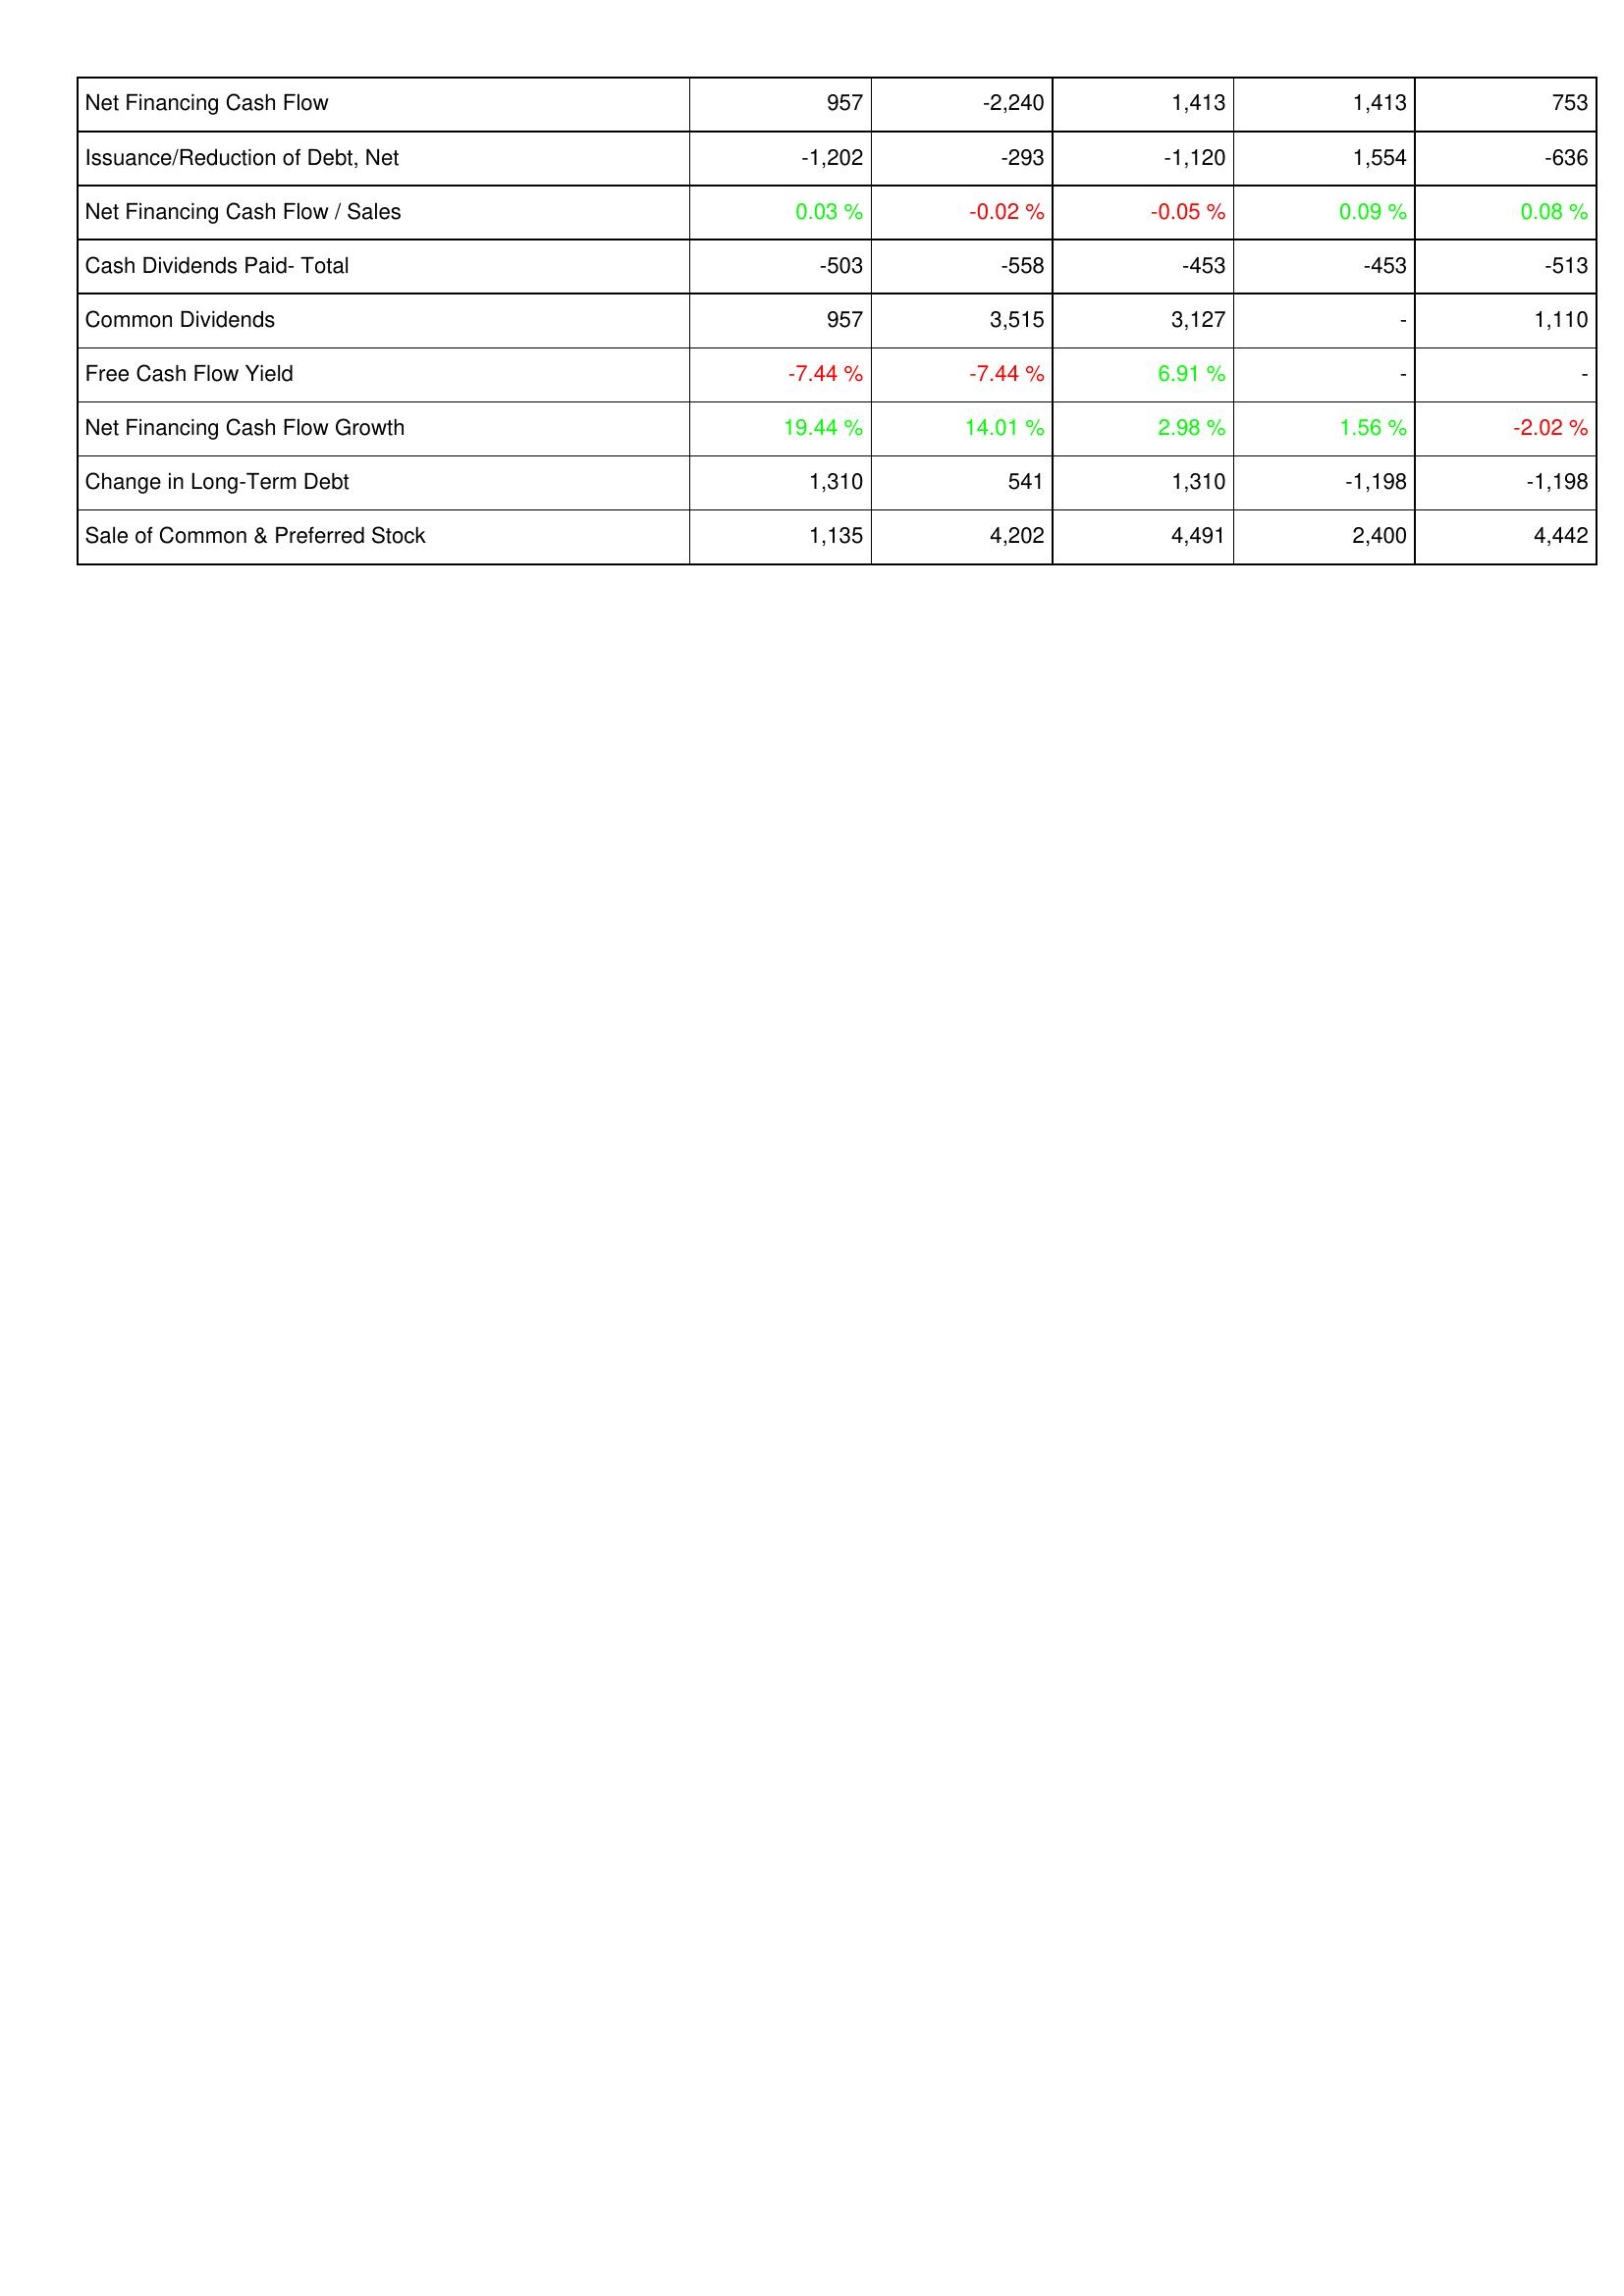
2022: Financing Activities: Net Financing Cash Flow: 957
Issuance/Reduction of Debt, Net: -1,202
Net Financing Cash Flow / Sales: 0.03 %
Cash Dividends Paid- Total: -503
Common Dividends: 957
Free Cash Flow Yield: -7.44 %
Net Financing Cash Flow Growth: 19.44 %
Change in Long-Term Debt: 1,310
Sale of Common & Preferred Stock: 1,135
2021: Financing Activities: Net Financing Cash Flow: -2,240
Issuance/Reduction of Debt, Net: -293
Net Financing Cash Flow / Sales: -0.02 %
Cash Dividends Paid- Total: -558
Common Dividends: 3,515
Free Cash Flow Yield: -7.44 %
Net Financing Cash Flow Growth: 14.01 %
Change in Long-Term Debt: 541
Sale of Common & Preferred Stock: 4,202
2020: Financing Activities: Net Financing Cash Flow: 1,413
Issuance/Reduction of Debt, Net: -1,120
Net Financing Cash Flow / Sales: -0.05 %
Cash Dividends Paid- Total: -453
Common Dividends: 3,127
Free Cash Flow Yield: 6.91 %
Net Financing Cash Flow Growth: 2.98 %
Change in Long-Term Debt: 1,310
Sale of Common & Preferred Stock: 4,491
2019: Financing Activities: Net Financing Cash Flow: 1,413
Issuance/Reduction of Debt, Net: 1,554
Net Financing Cash Flow / Sales: 0.09 %
Cash Dividends Paid- Total: -453
Common Dividends: -
Free Cash Flow Yield: -
Net Financing Cash Flow Growth: 1.56 %
Change in Long-Term Debt: -1,198
Sale of Common & Preferred Stock: 2,400
2018: Financing Activities: Net Financing Cash Flow: 753
Issuance/Reduction of Debt, Net: -636
Net Financing Cash Flow / Sales: 0.08 %
Cash Dividends Paid- Total: -513
Common Dividends: 1,110
Free Cash Flow Yield: -
Net Financing Cash Flow Growth: -2.02 %
Change in Long-Term Debt: -1,198
Sale of Common & Preferred Stock: 4,442